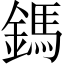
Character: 鎷